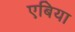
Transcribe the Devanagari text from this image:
एबिया